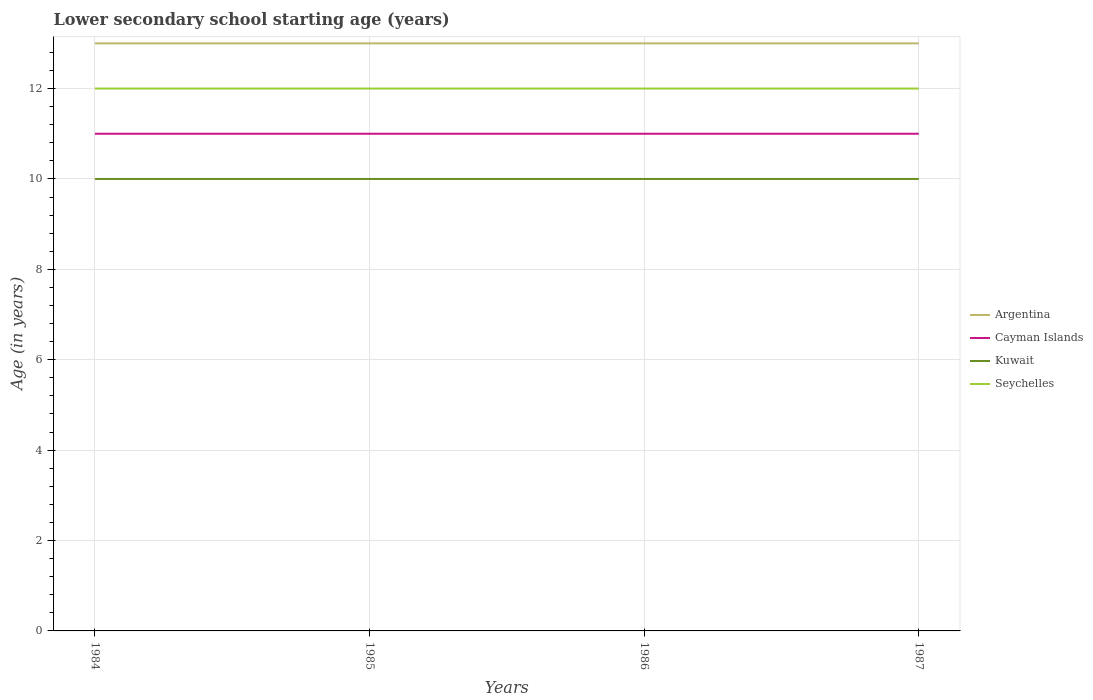
| Years | Argentina | Cayman Islands | Kuwait | Seychelles |
 | --- | --- | --- | --- | --- |
 | 1984 | 13 | 11 | 10 | 12 |
 | 1985 | 13 | 11 | 10 | 12 |
 | 1986 | 13 | 11 | 10 | 12 |
 | 1987 | 13 | 11 | 10 | 12 |